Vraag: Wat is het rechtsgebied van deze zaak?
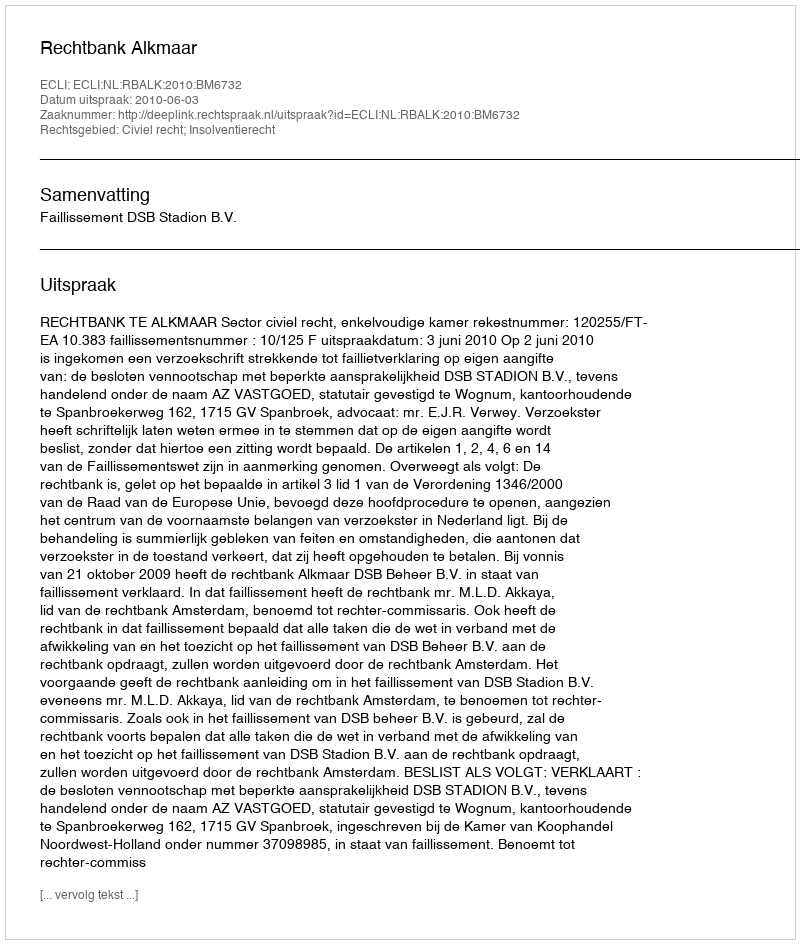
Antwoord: Civiel recht; Insolventierecht